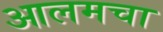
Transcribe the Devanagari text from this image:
आलमचा